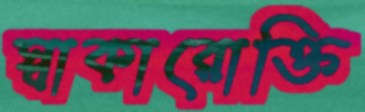
স্বাকারোক্তি